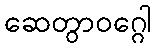
ဆေတွာဝဂ္ဂေါ